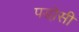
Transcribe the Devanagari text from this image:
पडो़सी